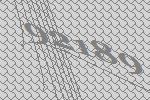
92189